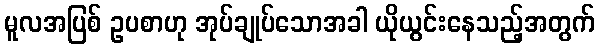
မူလအပြစ် ဥပစာဟု အုပ်ချုပ်သောအခါ ယိုယွင်းနေသည့်အတွက်